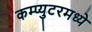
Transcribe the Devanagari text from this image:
कम्प्युटरमध्ये